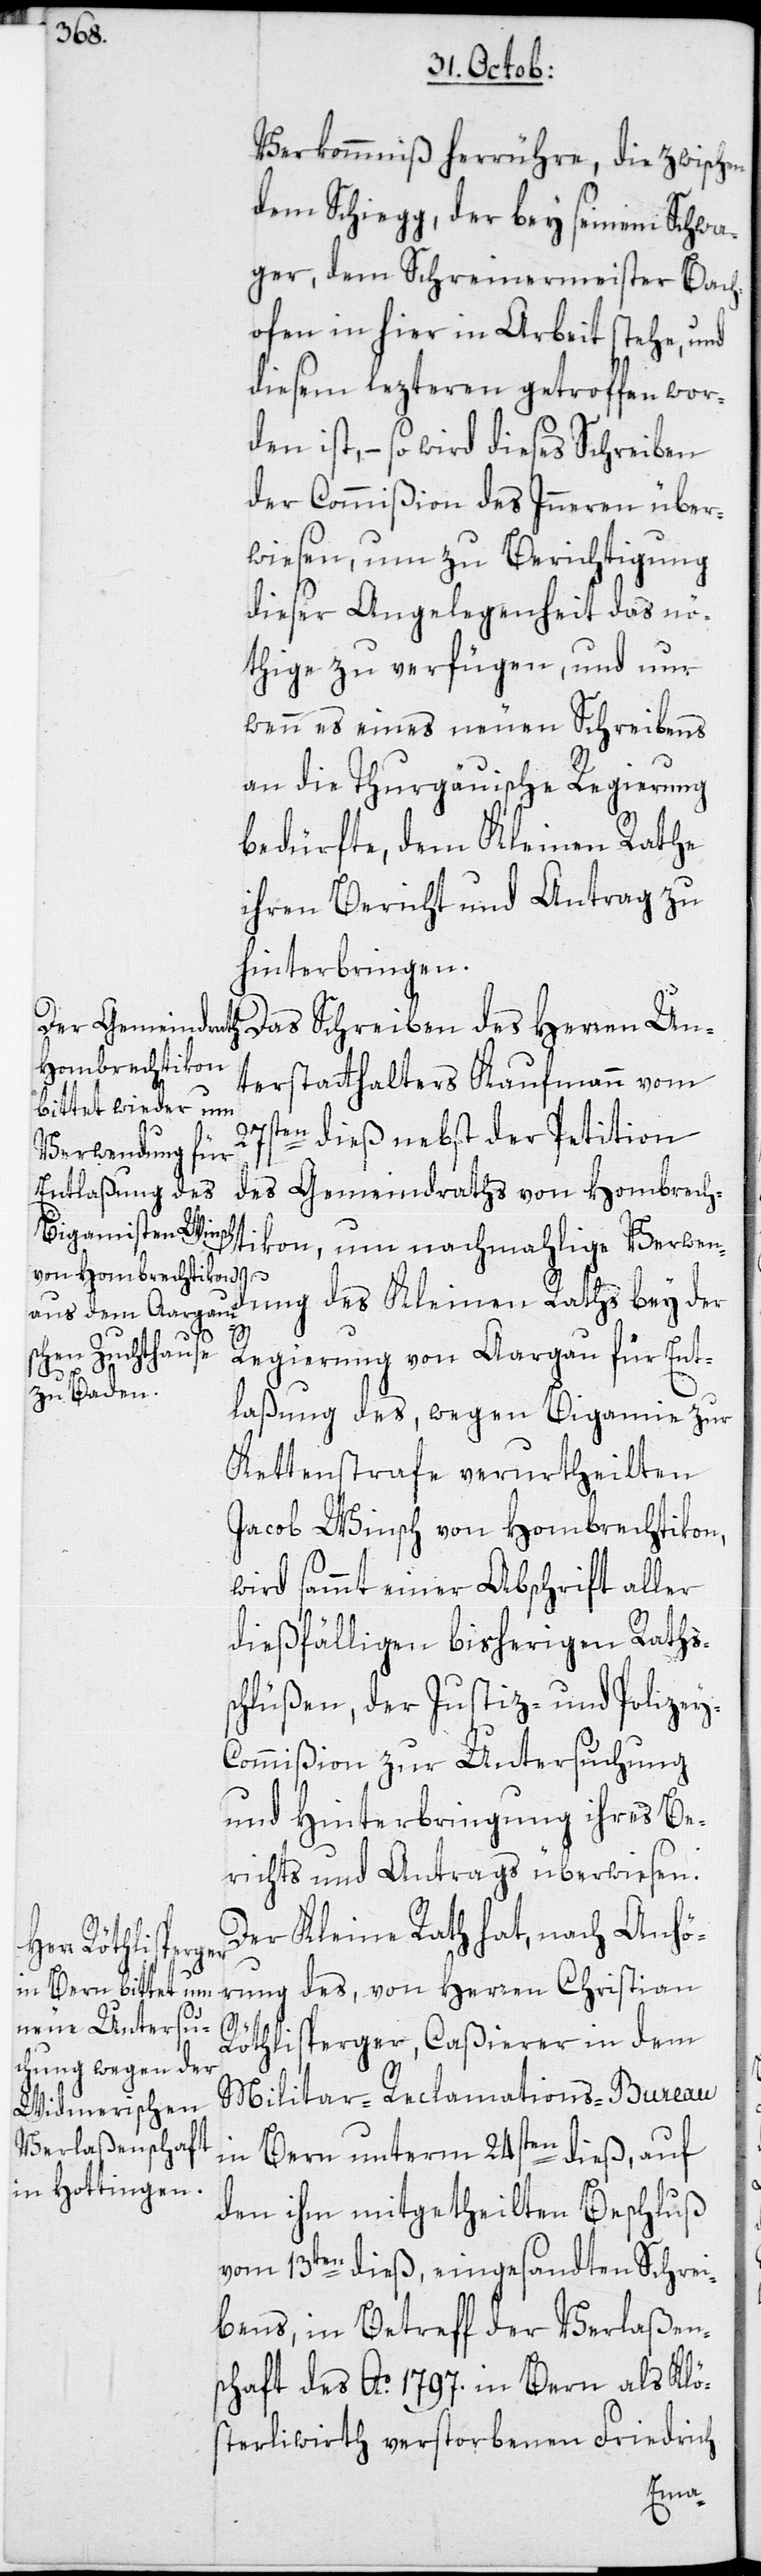
Verkommniß herrühre, die zwischen
dem Schiegg, der bey seinem Schwa¬
ger, dem Schreinermeister Bach¬
ofen in hier in Arbeit stehe, und
diesem lezteren getroffen wor¬
den ist, – so wird dieses Schreiben
der Commißion des Inneren über¬
wiesen, um zu Berichtigung
dieser Angelegenheit das nö¬
thige zu verfügen, und nur
wenn es eines neuen Schreibens
an die Thurgäuische Regierung
bedürfte, dem Kleinen Rathe
ihren Bericht und Antrag zu
hinterbringen.
Das Schreiben des Herren Un¬
terstatthalters Kaufmann vom
27sten dieß nebst der Petition
des Gemeindraths von Hombrech¬
tikon, um nochmahlige Verwend¬
ung des Kleinen Raths bey der
Regierung von Aargau für Ent¬
y-C¬
laßung des, wegen Bigamie zur
Kettenstrafe verurtheilten
Jacob Winsch von Hombrechtikon,
wird sammt einer Abschrift aller
dießfälligen bisherigen Raths¬
chlüßen, der Justiz- und Polize¬
ommißion zur Untersuchung
und Hinterbringung ihres Be¬
richts und Antrags überwiesen.
Der Kleine Rath hat, nach Anhö¬
rung des, von Herren Christian
Röthlisperger, Caßierer in dem
Militar-Reclamations-Bureau
in Bern unterm 24sten dieß, auf
den ihm mitgetheilten Beschluß
vom 13ten dieß, eingesandten Schrei¬
bens, in Betreff der Verlaßen¬
schaft des Ao. 1797. in Bern als Klö¬
sterliwirth verstorbenen Friedrich